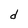
Character: d